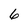
Character: 6